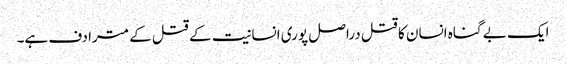
ایک بے گناہ انسان کا قتل دراصل پوری انسانیت کے قتل کے مترادف ہے۔